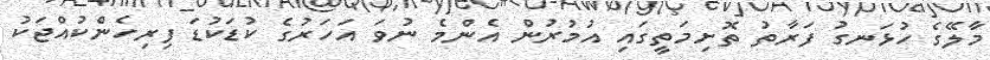
މާލޭގެ ހުޅަނގު ފަރާތު ތޮށިމަތީގައި އުމުރުން އެންމެ ނުވަ އަހަރުގެ ކުޑަކުޑަ ފިރިހެންކުއްޖަކު